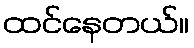
ထင်နေတယ်။